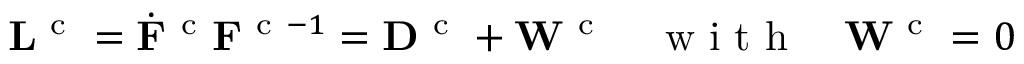
{ \bf L } ^ { \mathrm { ~ c ~ } } = \dot { { \bf F } } ^ { \mathrm { ~ c ~ } } { \bf F } ^ { \mathrm { ~ c ~ } - 1 } = { \bf D } ^ { \mathrm { ~ c ~ } } + { \bf W } ^ { \mathrm { ~ c ~ } } \quad \mathrm { ~ w ~ i ~ t ~ h ~ } \quad { \bf W } ^ { \mathrm { ~ c ~ } } = 0